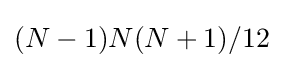
(N-1)N(N+1)/12